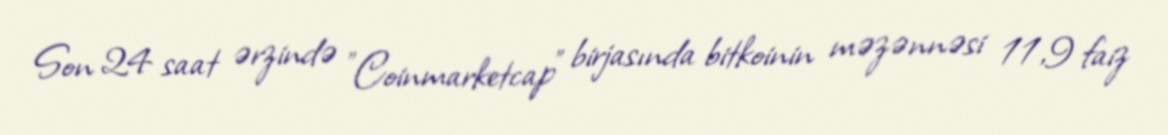
Son 24 saat ərzində "Coinmarketcap" birjasında bitkoinin məzənnəsi 11,9 faiz